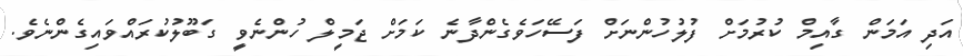
އަދި އަމަން ގާއިމް ކުރުމަށް ފުލުހުންނަށް ފަސޭހަވެގެންދާނެ ކަމަށް ޖަމީލް ހުންނެވީ ގަބޫލުކުރައްވައިގެންނެވެ.